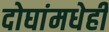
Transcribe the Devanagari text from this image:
दोघांमधेही